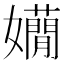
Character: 𡤃